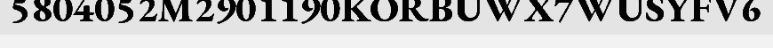
5804052M2901190KORBUWX7WUSYFV6